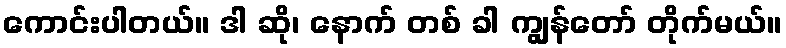
ကောင်းပါတယ်။ ဒါ ဆို၊ နောက် တစ် ခါ ကျွန်တော် တိုက်မယ်။